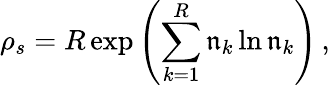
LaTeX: \rho_{s}=R\exp\left(\sum_{k=1}^{R}\mathfrak{n}_{k}\ln\mathfrak{n}_{k}\right)\, ,